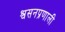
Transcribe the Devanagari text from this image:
श्वसनप्रणाली